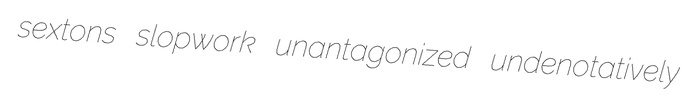
sextons slopwork unantagonized undenotatively